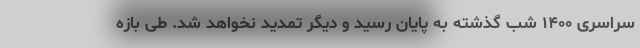
سراسری ۱۴۰۰ شب گذشته به پایان رسید و دیگر تمدید نخواهد شد. طی بازه